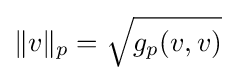
\|v\|_{p}={\sqrt {g_{p}(v,v)}}